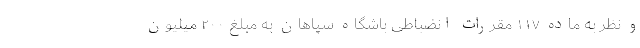
و نظر به ماده ۱۱۷ مقررات انضباطی باشگاه سپاهان به مبلغ ۲۰۰ میلیون